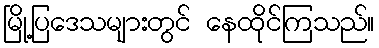
မြို့ပြဒေသများတွင် နေထိုင်ကြသည်။